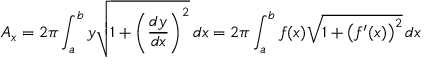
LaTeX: A _ { x } = 2 \pi \int _ { a } ^ { b } y { \sqrt { 1 + \left( { \frac { d y } { d x } } \right) ^ { 2 } } } \, d x = 2 \pi \int _ { a } ^ { b } f ( x ) { \sqrt { 1 + { \big ( } f ^ { \prime } ( x ) { \big ) } ^ { 2 } } } \, d x